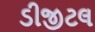
ડીજીટલ